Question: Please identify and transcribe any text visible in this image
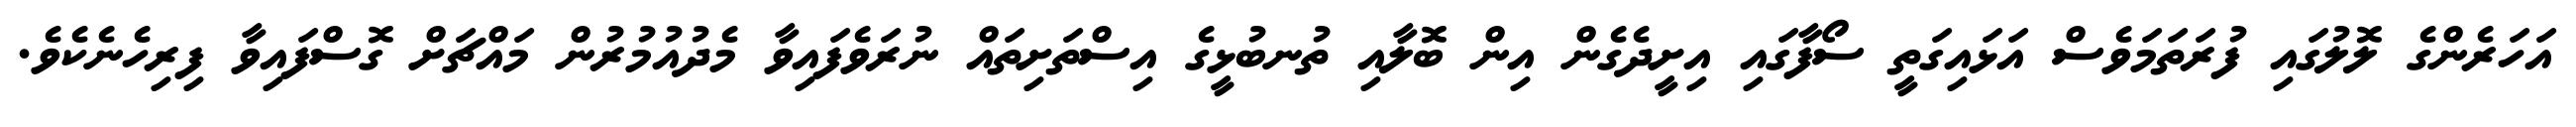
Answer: އަހަރެންގެ ލޮލުގައި ފުރަތަމަވެސް އަޅައިގަތީ ސޯފާގައި އިށީދެގެން އިން ބޮލާއި ތުނބުޅީގެ އިސްތަށިތައް ނުރަވެފައިވާ މެދުއުމުރުން މައްޗަށް ގޮސްފައިވާ ފިރިހެނެކެވެ.